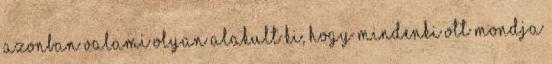
azonban valami olyan alakult ki, hogy mindenki ott mondja